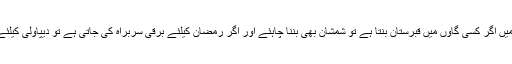
انہوں نے کہا کہ یو پی میں اگر کسی گاوں میں قبرستان بنتا ہے تو شمشان بھی بننا چاہئے اور اگر رمضان کیلئے برقی سربراہ کی جاتی ہے تو دیپاولی کیلئے بھی کی جانی چاہئے ۔